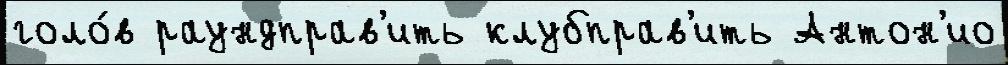
голо́в раундправ'ить клубправ'ить Антон'ио